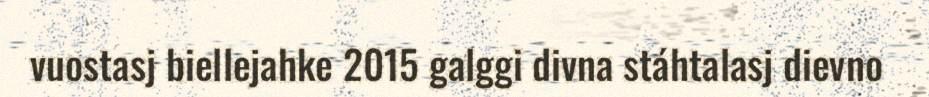
vuostasj biellejahke 2015 galggi divna stáhtalasj dievno